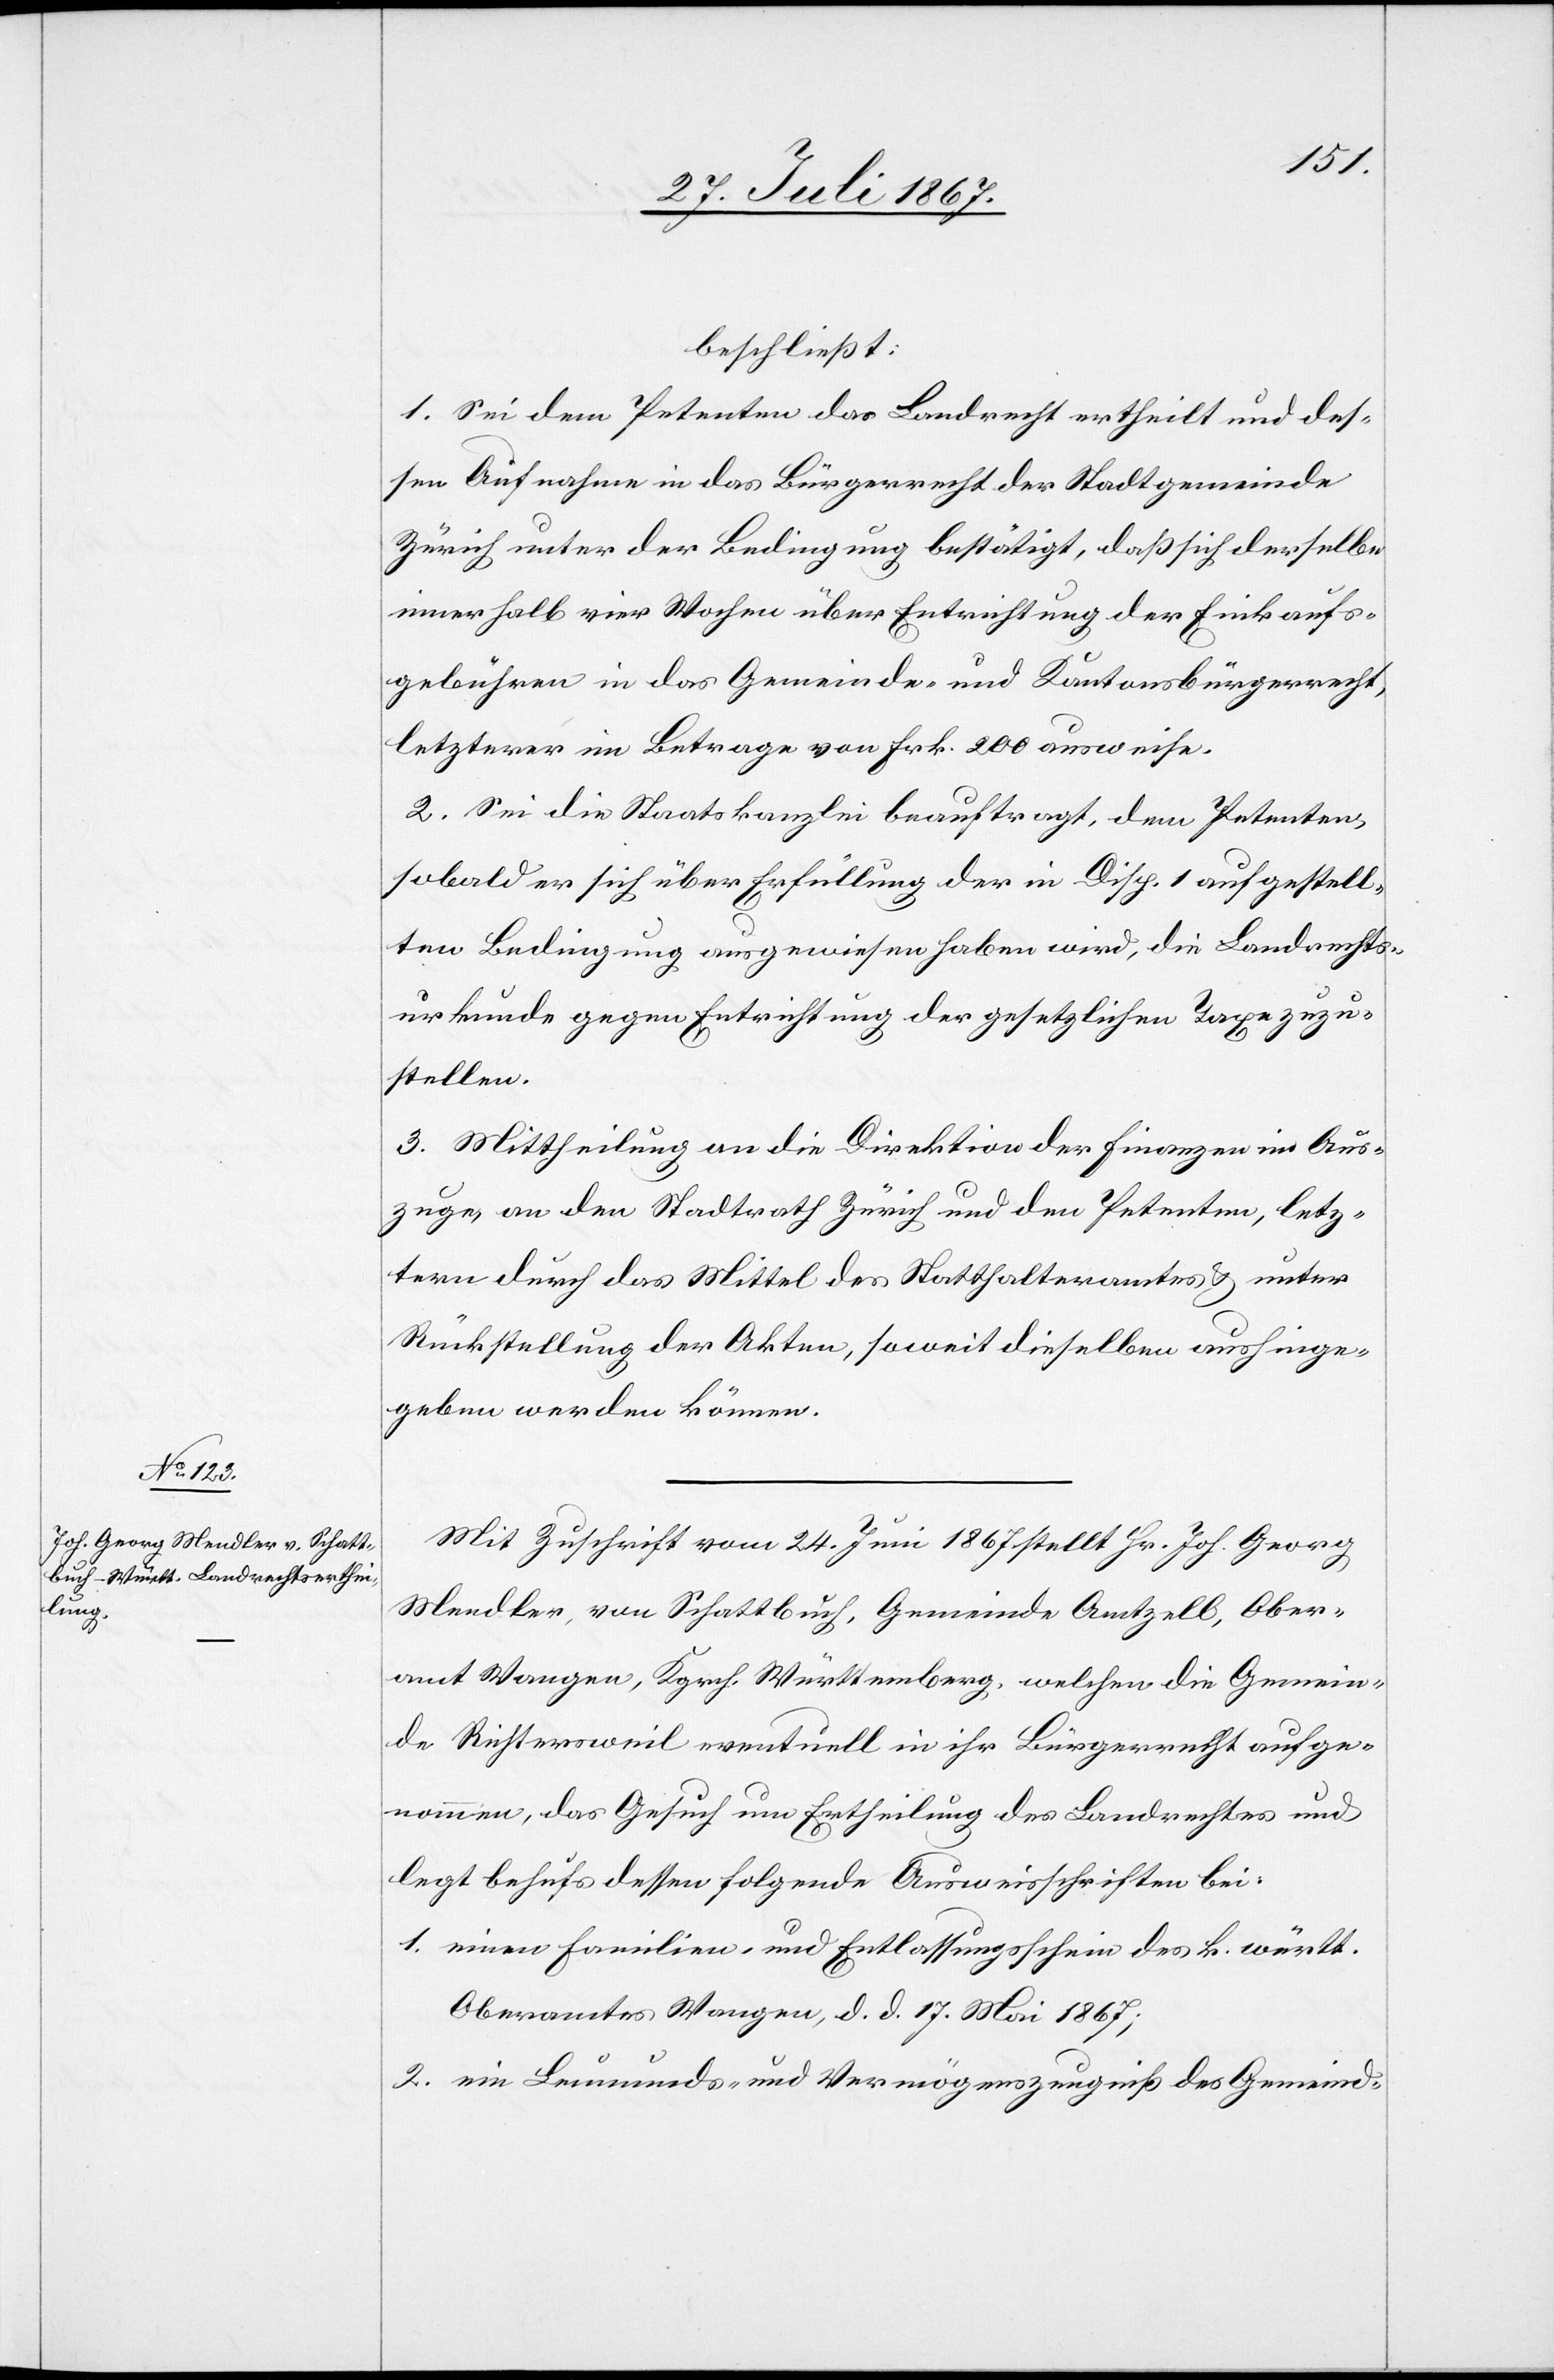
beschließt:
1. Sei dem Petenten das Landrecht ertheilt und des¬
sen Aufnahme in das Bürgerrecht der Stadtgemeinde
Zürich unter der Bedingung bestätigt, daß sich derselbe
innerhalb vier Wochen über Entrichtung der Einkaufs¬
gebühren in das Gemeinde- und Kantonsbürgerrecht,
letzterer im Betrag von Frk. 200 ausweise.
2. Sei die Staatskanzlei beauftragt, dem Petenten,
sobald er sich über Erfüllung der in Disp. 1 aufgestell¬
ten Bedingung ausgewiesen haben wird, die Landrechts¬
urkunde gegen Entrichtung der gesetzlichen Taxe zuzu¬
stellen.
3. Mittheilung an die Direktion der Finanzen im Aus¬
zuge, an den Stadtrath Zürich und den Petenten, letz¬
tern durch das Mittel des Statthalteramtes u. unter
Rückstellung der Akten, soweit dieselben aushinge¬
geben werden können.
Mit Zuschrift vom 24. Juni 1867 stellt Hr. Joh. Georg
Mendler, von Schattbuch, Gemeinde Amtzell, Ober¬
amt Wangen, Kgrch. Württemberg, welchen die Gemein¬
de Richtersweil eventuell in ihr Bürgerrecht aufge¬
nommen, das Gesuch um Ertheilung des Landrechtes und
legt behufs dessen folgende Ausweisschriften bei:
1. einen Familien- und Entlassungsschein des k. württ.
Oberamtes Wangen, d. d. 17. Mai 1867;
2. ein Leumunds- und Vermögenszeugniß des Gemeind-